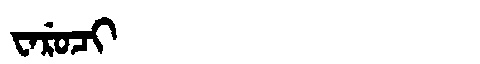
Manchu: ᠸᠠᡵᡠᠴᡳ
Romanization: WARUCI